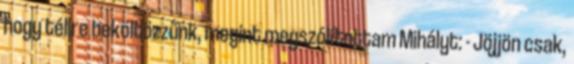
hogy télire beköltözzünk, megint megszólítottam Mihályt: - Jöjjön csak,